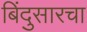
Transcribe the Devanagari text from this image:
बिंदुसारचा